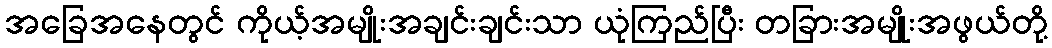
အခြေအနေတွင် ကိုယ့်အမျိုးအချင်းချင်းသာ ယုံကြည်ပြီး တခြားအမျိုးအဖွယ်တို့